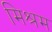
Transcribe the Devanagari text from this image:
मिश्रम